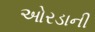
ઓરડાની